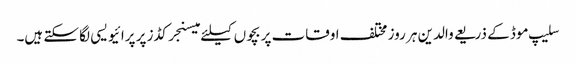
سلیپ موڈ کے ذریعے والدین ہر روز مختلف اوقات پر بچوں کیلئے میسنجر کڈز پر پرائیویسی لگا سکتے ہیں۔